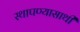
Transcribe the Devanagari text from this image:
स्थापण्यासाथी